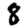
Digit: 8